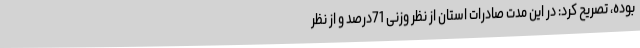
بوده، تصریح کرد: در این مدت صادرات استان از نظر وزنی 71درصد و از نظر